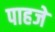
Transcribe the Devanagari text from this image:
पाहजे